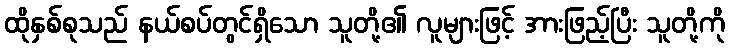
ထိုနှစ်စုသည် နယ်စပ်တွင်ရှိသော သူတို့၏ လူများဖြင့် အားဖြည့်ပြီး သူတို့ကို